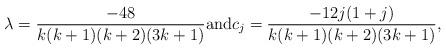
LaTeX: \begin{align*} \lambda = \frac{-48}{k(k+1)(k+2)(3k+1)} \textrm{and} c_j= \frac{-12 j(1+j)}{k(k+1)(k+2)(3k+1)},\end{align*}